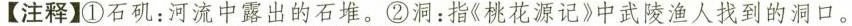
【注释】①石矶：河流中露出的石堆。②洞：指《桃花源记》中武陵渔人找到的洞口。